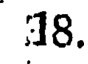
18.